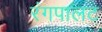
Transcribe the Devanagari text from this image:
रंगपालट